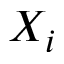
X _ { i }